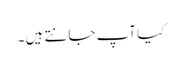
کیا آپ جانتے ہیں ۔